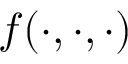
f ( \cdot , \cdot , \cdot )